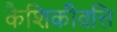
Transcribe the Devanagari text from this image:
कैशिकीवत्ति